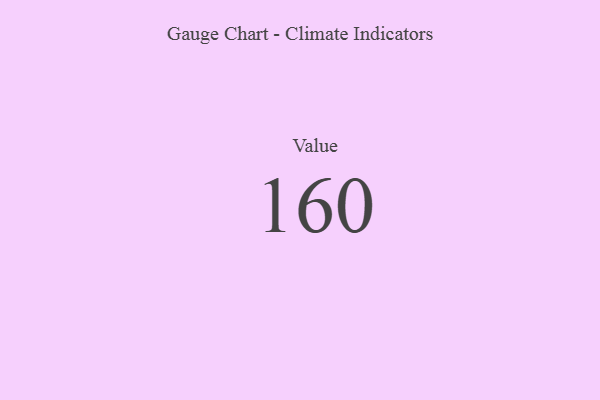
{"axis": {"x": "Metric", "y": "Value"}, "legend": [""], "data": [{"x": "Value", "y": 160, "type": ""}]}